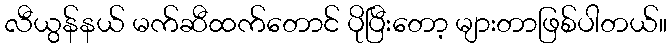
လီယွန်နယ် မက်ဆီထက်တောင် ပိုပြီးတော့ များတာဖြစ်ပါတယ်။